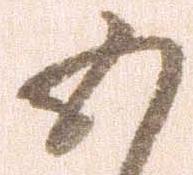
五